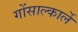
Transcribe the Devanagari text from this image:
गोंसाल्कार्ले